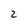
Character: 2